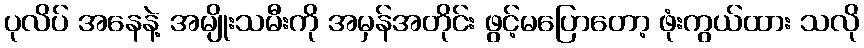
ပုလိပ် အနေနဲ့ အမျိုးသမီးကို အမှန်အတိုင်း ဖွင့်မပြောတော့ ဖုံးကွယ်ထား သလို